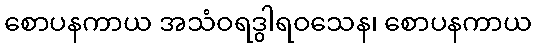
စောပနကာယ အသံဝရဒွါရဝသေန၊ စောပနကာယ